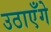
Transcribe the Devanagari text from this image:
उठाएँगे